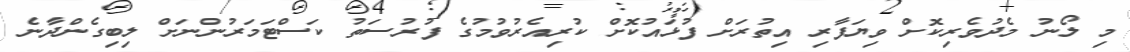
މި ލޯނު މެދުވެރިކޮށް ވިޔަފާރި އިތުރަށް ފުޅައުކޮށް ކުރިއެރުވުމުގެ ފުރުސަތު ކަސްޓަމަރުންނަށް ލިބިގެންދާނެ